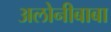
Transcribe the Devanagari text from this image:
अलोनीबाबा